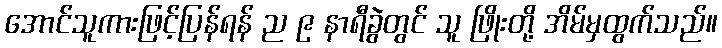
အောင်သူကားဖြင့်ပြန်ရန် ည ၉ နာရီခွဲတွင် သူ ဖြိုးတို့ အိမ်မှထွက်သည်။